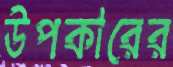
উপকারের